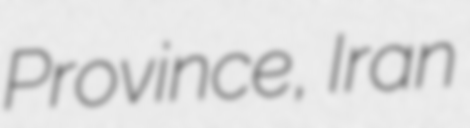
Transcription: Province, Iran